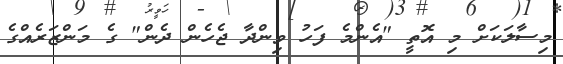
މިސާލަކަށް މި އޮތީ "އެންމެ ފަހު ވިންދާ ޖެހެން ދެން" ގެ މަންޒަރެއްގެ